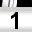
Digit: 1